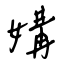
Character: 媾